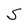
Character: S